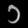
Digit: ၁